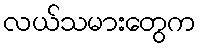
လယ်သမားတွေက